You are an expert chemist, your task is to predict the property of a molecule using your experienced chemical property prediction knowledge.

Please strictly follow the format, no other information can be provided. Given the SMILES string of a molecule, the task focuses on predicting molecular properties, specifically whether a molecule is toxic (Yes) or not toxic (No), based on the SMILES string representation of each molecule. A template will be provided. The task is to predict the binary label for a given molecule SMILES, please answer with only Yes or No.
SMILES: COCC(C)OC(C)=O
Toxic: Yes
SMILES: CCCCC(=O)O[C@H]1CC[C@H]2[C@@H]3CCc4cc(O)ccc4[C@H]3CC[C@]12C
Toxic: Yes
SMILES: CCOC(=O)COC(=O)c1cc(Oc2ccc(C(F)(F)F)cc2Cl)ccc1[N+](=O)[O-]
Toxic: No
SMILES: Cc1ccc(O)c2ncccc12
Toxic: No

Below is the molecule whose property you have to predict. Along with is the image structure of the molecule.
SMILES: CC1(C)[C@H]2CC[C@]1(C)[C@H](O)C2
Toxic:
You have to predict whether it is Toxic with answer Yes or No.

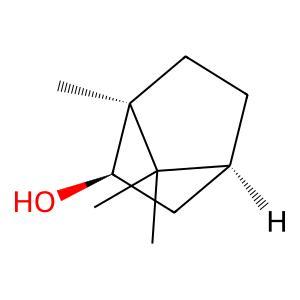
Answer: No